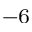
^ { - 6 }